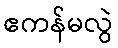
ဧကန်မလွဲ